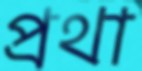
প্রথা